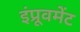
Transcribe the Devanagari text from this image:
इंप्रूवमेंट